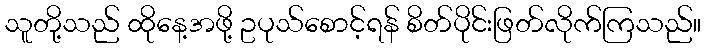
သူတို့သည် ထိုနေ့အဖို့ ဥပုသ်စောင့်ရန် စိတ်ပိုင်းဖြတ်လိုက်ကြသည်။